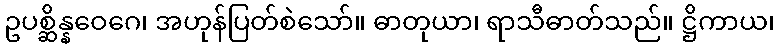
ဥပစ္ဆိန္နဝေဂေ၊ အဟုန်ပြတ်စဲသော်။ ဓာတုယာ၊ ရာသီဓာတ်သည်။ ဋ္ဌိကာယ၊